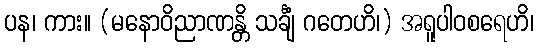
ပန၊ ကား။ (မနောဝိညာဏန္တိ သင်္ချံ ဂတေဟိ၊) အရူပါဝစရေဟိ၊